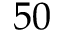
5 0